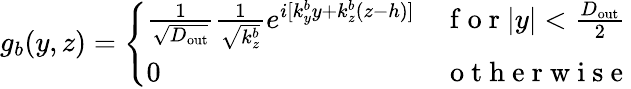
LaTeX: g_{b}(y,z)=\left\{ \begin{array}{ll}{\frac{1}{\sqrt{D_{\mathrm{out}}}}\frac{1}{\sqrt{k_{z}^{b}}}e^{i[k_{y}^{b}y+k_{z}^{b}(z-h)]}}&{\mathrm{~f~o~r~}|y|<\frac{D_{\mathrm{out}}}{2}}\\ {0}&{\mathrm{~o~t~h~e~r~w~i~s~e~}}\end{array}\right.